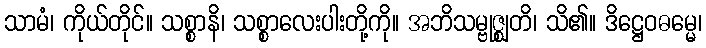
သာမံ၊ ကိုယ်တိုင်။ သစ္စာနိ၊ သစ္စာလေးပါးတို့ကို။ အဘိသမ္ဗုဇ္ဈတိ၊ သိ၏။ ဒိဋ္ဌေဝဓမ္မေ၊